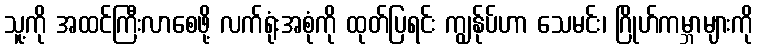
သူ့ကို အထင်ကြီးလာစေဖို့ လက်ရုံးအစုံကို ထုတ်ပြရင်း ကျွန်ုပ်ဟာ သေမင်း၊ ဂြိုဟ်ကမ္ဘာများကို